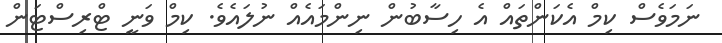
ނަމަވެސް ކިމް އެކަންތައް އެ ހިސާބުން ނިންމައެއް ނުލައެވެ. ކިމް ވަނީ ޓްރިސްޓަން